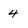
Character: 4